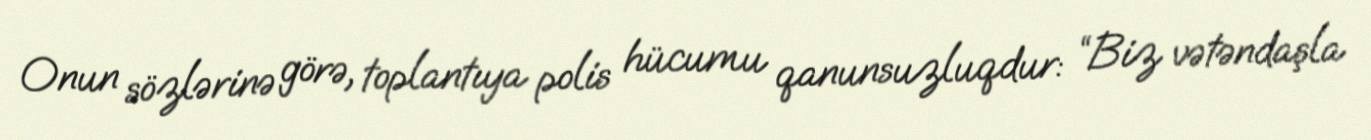
Onun sözlərinə görə, toplantıya polis hücumu qanunsuzluqdur: “Biz vətəndaşla